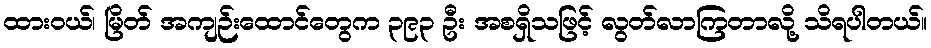
ထားဝယ်၊ မြိတ် အကျဉ်းထောင်တွေက ၃၉၃ ဦး အစရှိသဖြင့် လွတ်လာကြတာလို့ သိရပါတယ်။